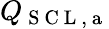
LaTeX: Q_{\mathrm{~S~C~L~,~a~}}